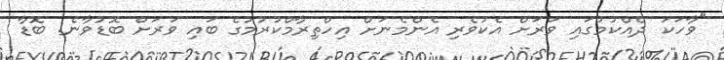
"ވާހަކަ ދެއްކުމުގައި ވަރަށް އެކުވެރި އެންމެނަށް އިހްތިރާމްކުރުުމުގެ ބައި ވަރަށް ބޮޑުވާނެ. ބޮޑާ